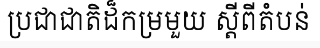
ប្រជាជាតិដ៏កម្រមួយ ស្តីពីតំបន់